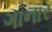
ગાનાર